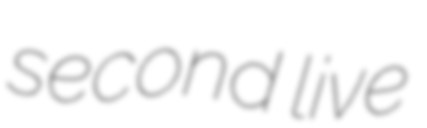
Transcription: second live